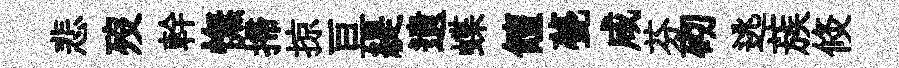
悲歿幹憮掃掠亘緹遺蝶饘甍咸芬砌逃蔟倐